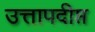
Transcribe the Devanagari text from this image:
उत्तापदीप्त